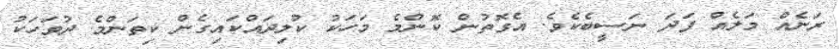
ރަނެއް މަލެއް ފަދަ ނަސީބެކެވެ. އެގޮތުން ކޮންމެ މަހަކު ކުލިދައްކައިގެން ކިތަންމެ ދުވަހަކު